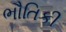
ભૌતિકી